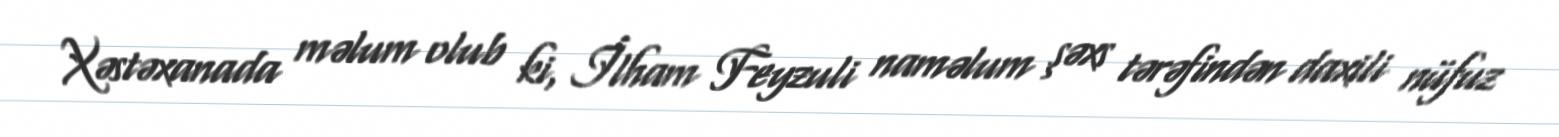
Xəstəxanada məlum olub ki, İlham Feyzuli naməlum şəxs tərəfindən daxili nüfuz